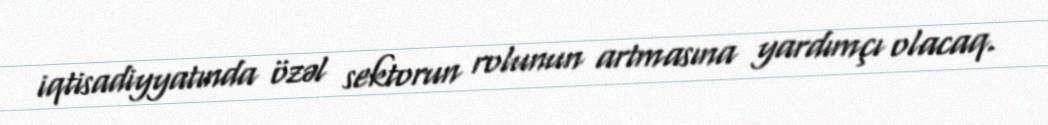
iqtisadiyyatında özəl sektorun rolunun artmasına yardımçı olacaq.